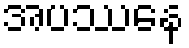
အပဿေန